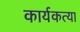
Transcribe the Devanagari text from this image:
कार्यकत्या